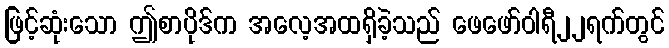
ဖြင့်ဆုံးသော ဤစာပိုဒ်က အလေ့အထရှိခဲ့သည် ဖေဖော်ဝါရီ၂၂ရက်တွင်